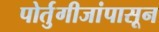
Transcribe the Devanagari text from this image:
पोर्तुगीजांपासून